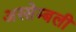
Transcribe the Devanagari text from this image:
अस्सेम्बली